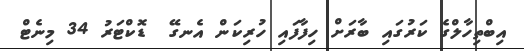
އިބްތިހާލްގެ ކަރުގައި ބާރަށް ހިފާފައި ހުރިކަން އެނގޭ  ޑޮކްޓަރު 34 މިނެޓް